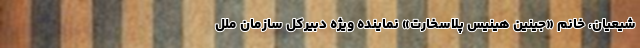
شیعیان، خانم «جینین هینیس پلاسخارت» نماینده ویژه دبیرکل سازمان ملل